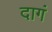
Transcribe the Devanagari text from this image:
दागं